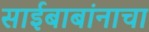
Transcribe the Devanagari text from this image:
साईबाबांनाचा